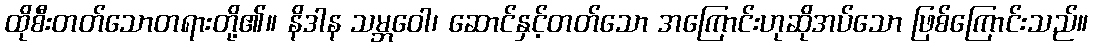
ထိုစီးတတ်သောတရားတို့၏။ နိဒါန သမ္ဘဝေါ၊ ဆောင်နှင့်တတ်သော အကြောင်းဟုဆိုအပ်သော ဖြစ်ကြောင်းသည်။